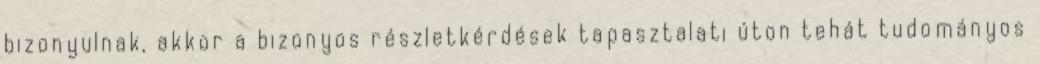
bizonyulnak, akkor a bizonyos részletkérdések tapasztalati úton tehát tudományos